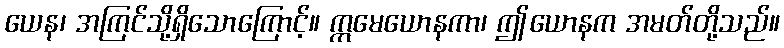
ယေန၊ အကြင်သို့ရှိသောကြောင့်။ ဣမေယောနကာ၊ ဤယောနက အမတ်တို့သည်။